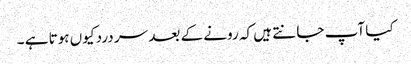
کیا آپ جا نتے ہیں کہ رونے کے بعد سر درد کیوں ہوتا ہے ۔